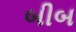
બીબ